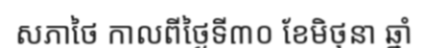
សភាថៃ កាលពីថ្ងៃទី៣០ ខែមិថុនា ឆ្នាំ